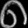
Digit: ၈